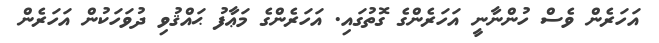
އަހަރެން ވެސް ހުންނާނީ އަހަރެންގެ ގޮތުގައި. އަހަރެންގެ މަޢާފު ޙައްޤުވި ދުވަހަކުން އަހަރެން